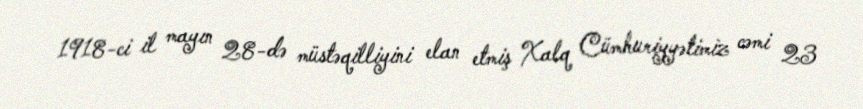
1918-ci il mayın 28-də müstəqilliyini elan etmiş Xalq Cümhuriyyətimiz cəmi 23